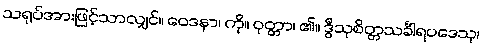
သရုပ်အားဖြင့်သာလျှင်။ ဝေဒနာ၊ ကို။ ဝုတ္တာ၊ ၏။ ဒွီသုစိတ္တသင်္ခါရပဒေသု၊